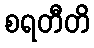
စရတီတိ